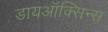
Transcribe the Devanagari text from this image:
डायऑक्सिन्स